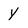
Character: y